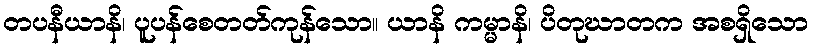
တပနီယာနိ၊ ပူပန်စေတတ်ကုန်သော။ ယာနိ ကမ္မာနိ၊ ပိတုဃာတက အစရှိသော